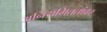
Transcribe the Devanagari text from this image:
अनियमिततांवर